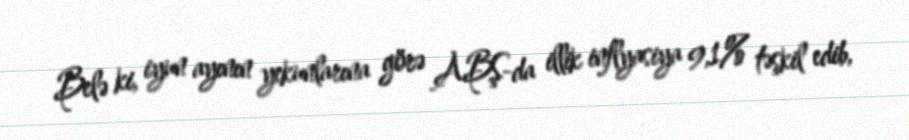
Belə ki, iyun ayının yekunlarına görə ABŞ-da illik inflyasiya 9,1% təşkil edib,